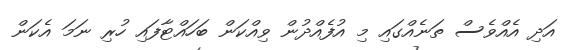
އަދި އެއްވެސް ތަނެއްގައި މި އުފެއްދުން ވިއްކަން ބަހައްޓާފައި ހުރި ނަމަ އެކަން